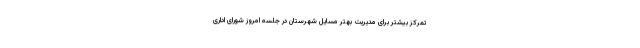
تمرکز بیشتر برای مدیریت بهتر مسایل شهرستان در جلسه امروز شورای اداری